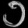
Digit: ၁